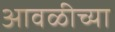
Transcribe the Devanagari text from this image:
आवळीच्या